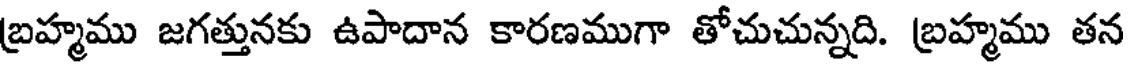
బ్రహ్మము జగత్తునకు ఉపాదాన కారణముగా తోచుచున్నది. బ్రహ్మము తన